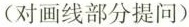
(对画线部分提问)